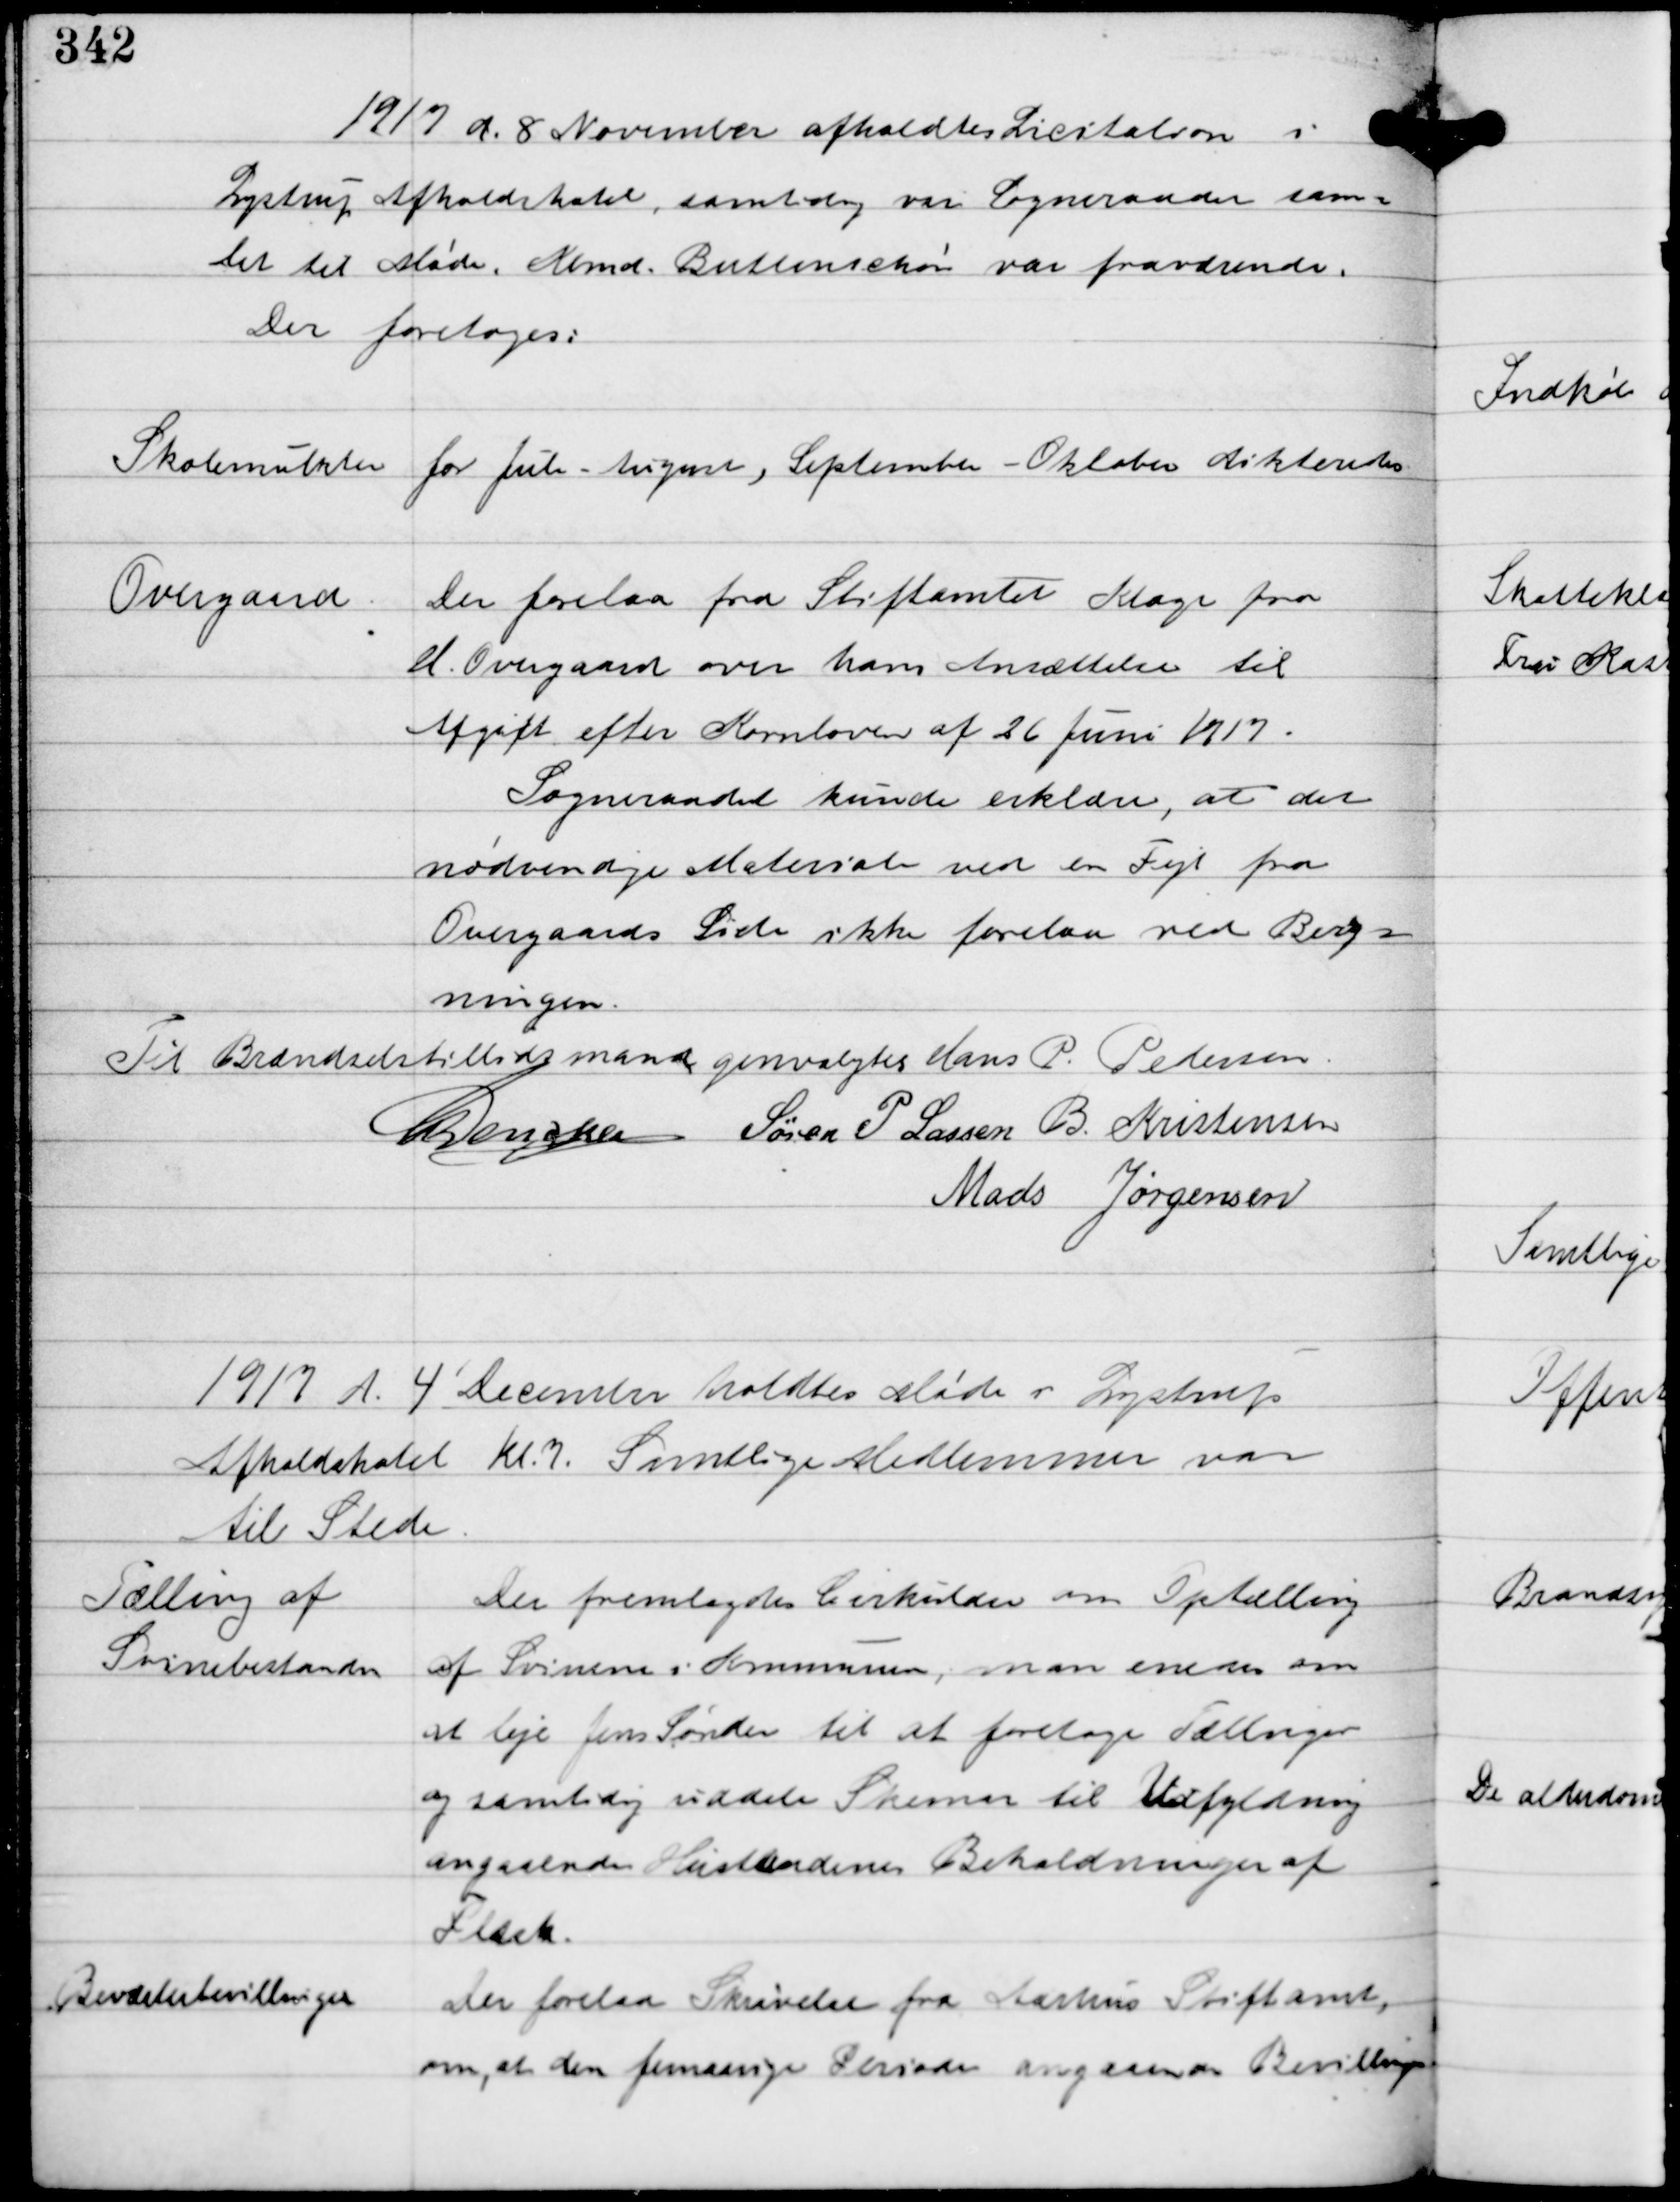
Transskription:
1917 d. 8 November afholdtes Licitation i
Lystrup Afholdshotel, samtidig var Sogneraadet sam-
let til Møde. Kbmd. Buttenschøn var fraværende.
Der foretoges:

Skolemulkter for Juli - August, September - Oktober dikteredes.

Overgaard

Der forelaa fra Stiftamtet Klage fra
M. Overgaard over hans Ansættelse til
Afgift efter Kornloven af 26 Juni 1917.
Sogneraadet kunde erklære, at det
nødvendige Materiale ved en Fejl fra
Overgaards Side ikke forelaa ved Besig-
ningen.

Til Brændselstillidsmand genvalgtes Hans P. Pedersen

C Dencker Søren P Lassen B. Kristensen
Mads Jørgensen

1917 d. 4' December holdtes Møde i Lystrup
Afholdshotel kl. 7. Samtlige Medlemmer var
til Stede.

Tælling af
Svinebestanden

Der fremlagdes Cirkulære om Optælling
af Svinene i Kommunen, man enedes om
at leje Jens Sønder til at foretage Tællinger
og samtidig uddele Skemaer til Udfyldning
angaaende Hustandens Beholdninger af 
Flæsk.

Beværterbevillinger

Der forelaa Skrivelse fra Aarhus Stiftsamt
om, at den femaarige Periode angaaende Bevilling